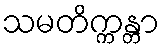
သမတိက္ကန္တာ